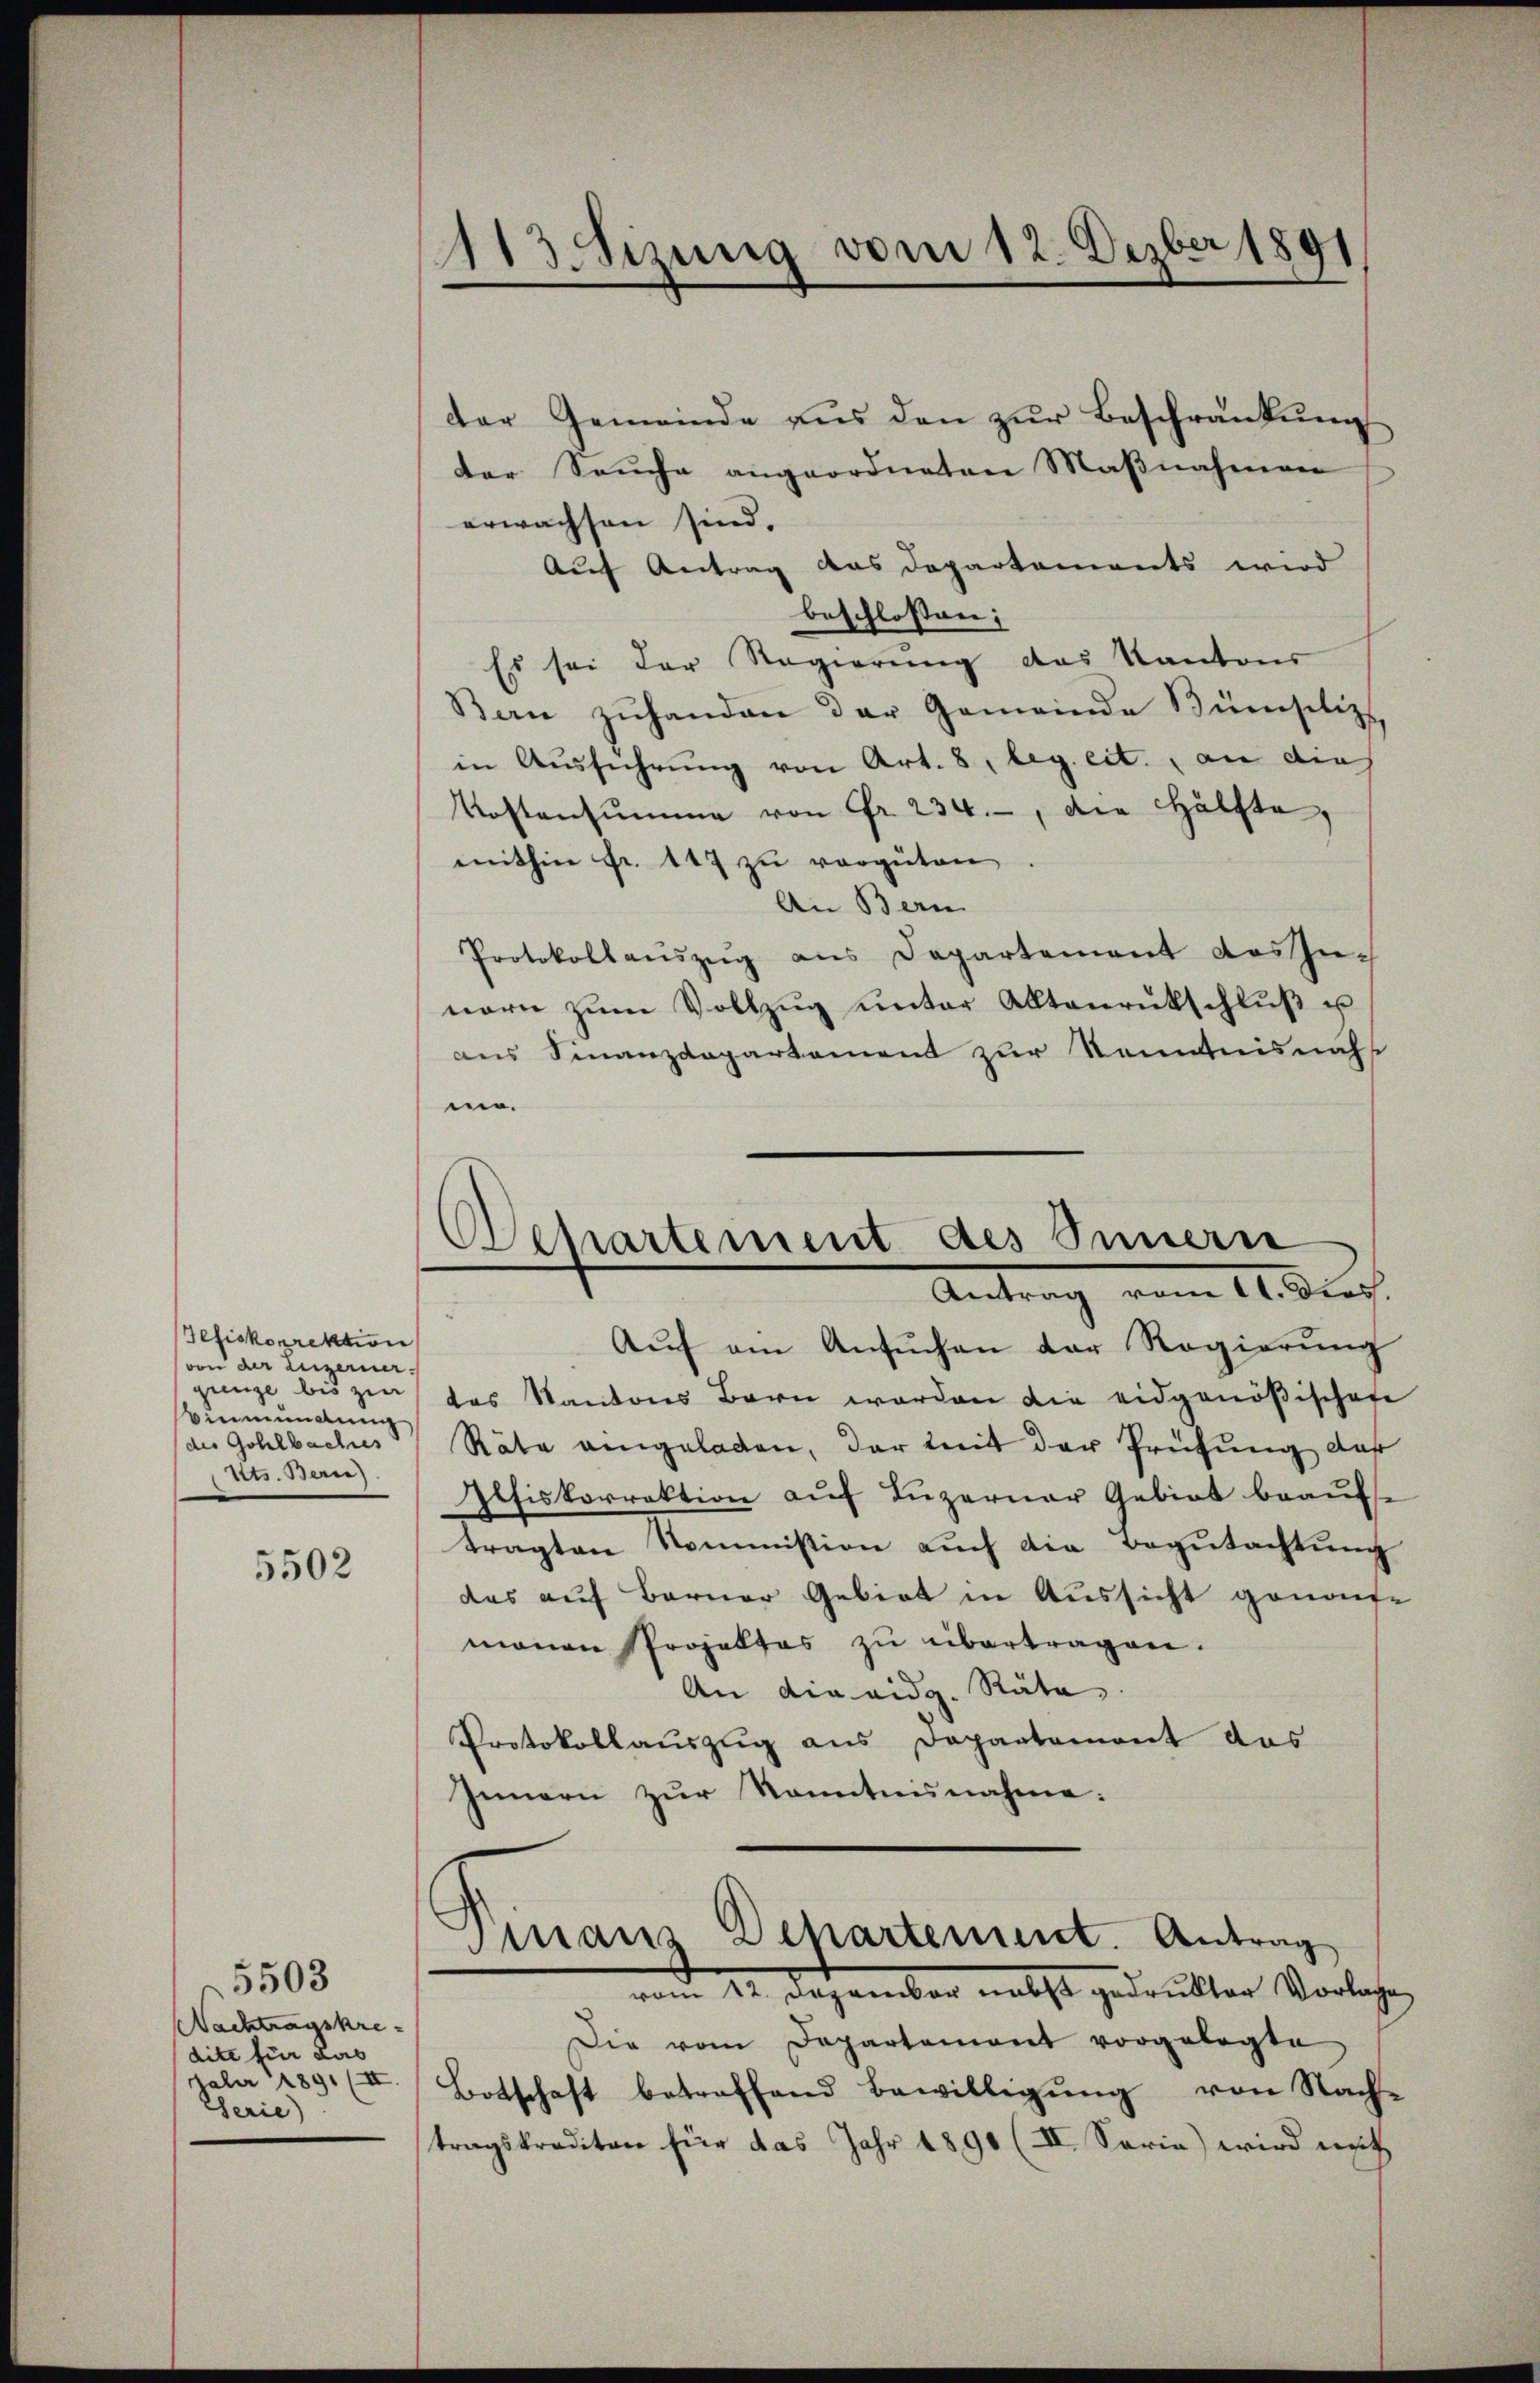
Tefiskorrektion
von der Luzerner-
Binmündung
des Gohlbaches
tts. Bern)

5502

5503
Nachtragskre-
dite für das
Faber 1891 (II
Serie)

der Gemeinde aŭs den zŭr Beschränkung
der Sache angeordneten Maβnahmen
erwachsen sind.
Auf Antrag des Departements wird
beschlossen; |
Es sei der Regierung das Kantons
Ban zŭhanden der Gemeinde Bünsiliz
in Ausführung von Art. 8, leg. eit. an dies
Kostensŭmme von Fr. 234., die Hälfte,
mithin fr. 147 zu vergüten,
An Bern
Protokollaŭszŭg ans Departement des Zünern zŭm Vollzŭg ŭnter Aktenrütschlŭβ u
aus Finanzdepartement zur Kenntnisnähs
mo¬

113 Sizung vom 12. Dezber 1891

Wehartement des Innern
Antrag vom 11. Dies

Aŭf am Ansŭchen der Regierŭng
gunge bis zu das Kantons Bern worden die eidgenößischen
Räte angelassen, der mit der Prüfung das
Afiskorrektion auf Luzerner Gebiet beauft
tragten Kommission auch die Begutachtung
das auf Berner Gebiet in Aussicht genaufe
manen Projektes zu übertragen.
An die eidg. Räte
Protokollauszug aus Departemont das
Innern zur Kenntnisnahme:
maus Departement. Antrag
vom 22. Dezember nebst gedruckter Vorlagen
Die vom Departemont vorgelegte
Botschaft betreffend Bewilligŭng von Nach-
tragskrediton für das Jahr 1890 (II. Serie) wird mit